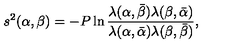
s ^ { 2 } ( \alpha , \beta ) = - P \ln \frac { \lambda ( \alpha , \bar { \beta } ) \lambda ( \beta , \bar { \alpha } ) } { \lambda ( \alpha , \bar { \alpha } ) \lambda ( \beta , \bar { \beta } ) } ,